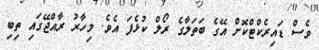
ވެސް ޑައިރެކްޓްކޮށް އޭގެ ބަތަލާގެ ރޯލް ކުޅެފަ އެވެ. މިހާރު ރާއްޖޭގައި ތިބި